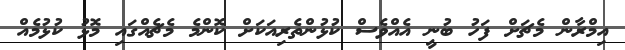
އިމްރާން މެޗަށް ފަހު ބުނީ އެއްވެސް ކުޅުންތެރިއަކަށް ކޮންމެ މެޗެއްގައި މޮޅު ކުޅުމެއް